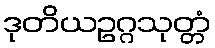
ဒုတိယဥဂ္ဂသုတ္တံ